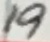
Text: 19